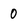
Character: 0